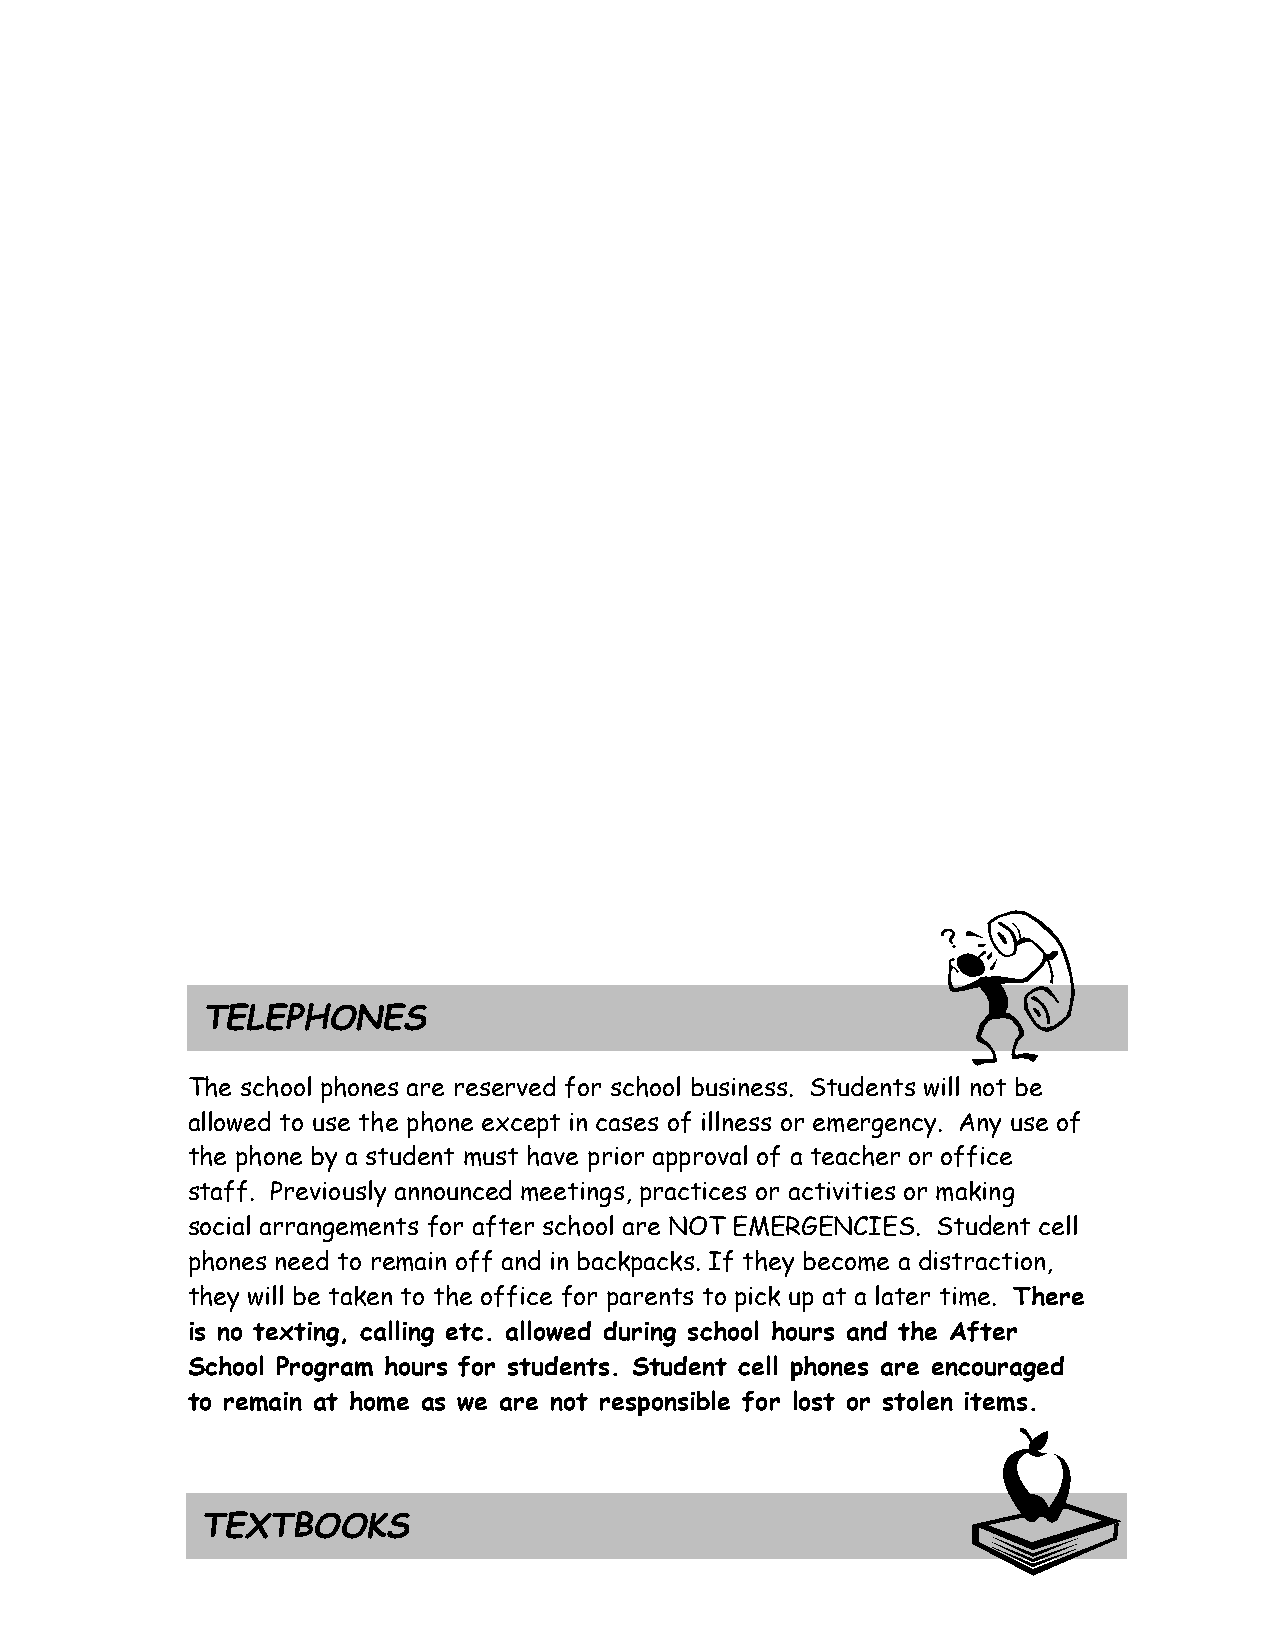
TELEPHONES
 The school phones are reserved for school business. Students will not be
 allowed to use the phone except in cases of illness or emergency. Any use of
 the phone by a student must have prior approval of a teacher or office
 staff. Previously announced meetings, practices or activities or making
 social arrangements for after school are NOT EMERGENCIES. Student cell
 phones need to remain off and in backpacks. If they become a distraction,
 they will be taken to the office for parents to pick up at a later time. There
 is no texting, calling etc. allowed during school hours and the After
 School Program hours for students. Student cell phones are encouraged
 to remain at home as we are not responsible for lost or stolen items.
 TEXTBOOKS
 7-30-19